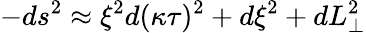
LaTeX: -ds^{2}\approx\xi^{2}d(\kappa\tau)^{2}+d\xi^{2}+dL_{\perp}^{2}